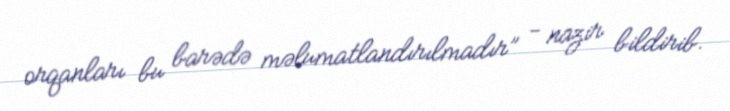
orqanları bu barədə məlumatlandırılmadır” - nazir bildirib.